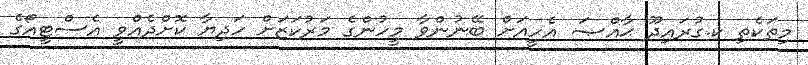
މިތަކެތި ކ.ގުރައިދޫ ޙާއްޞަ އެހީއަށް ބޭނުންވާ މީހުންގެ މަރުކަޒަށް ހަދިޔާ ކޮށްދެއްވީ އެސްޓީއޯގެ